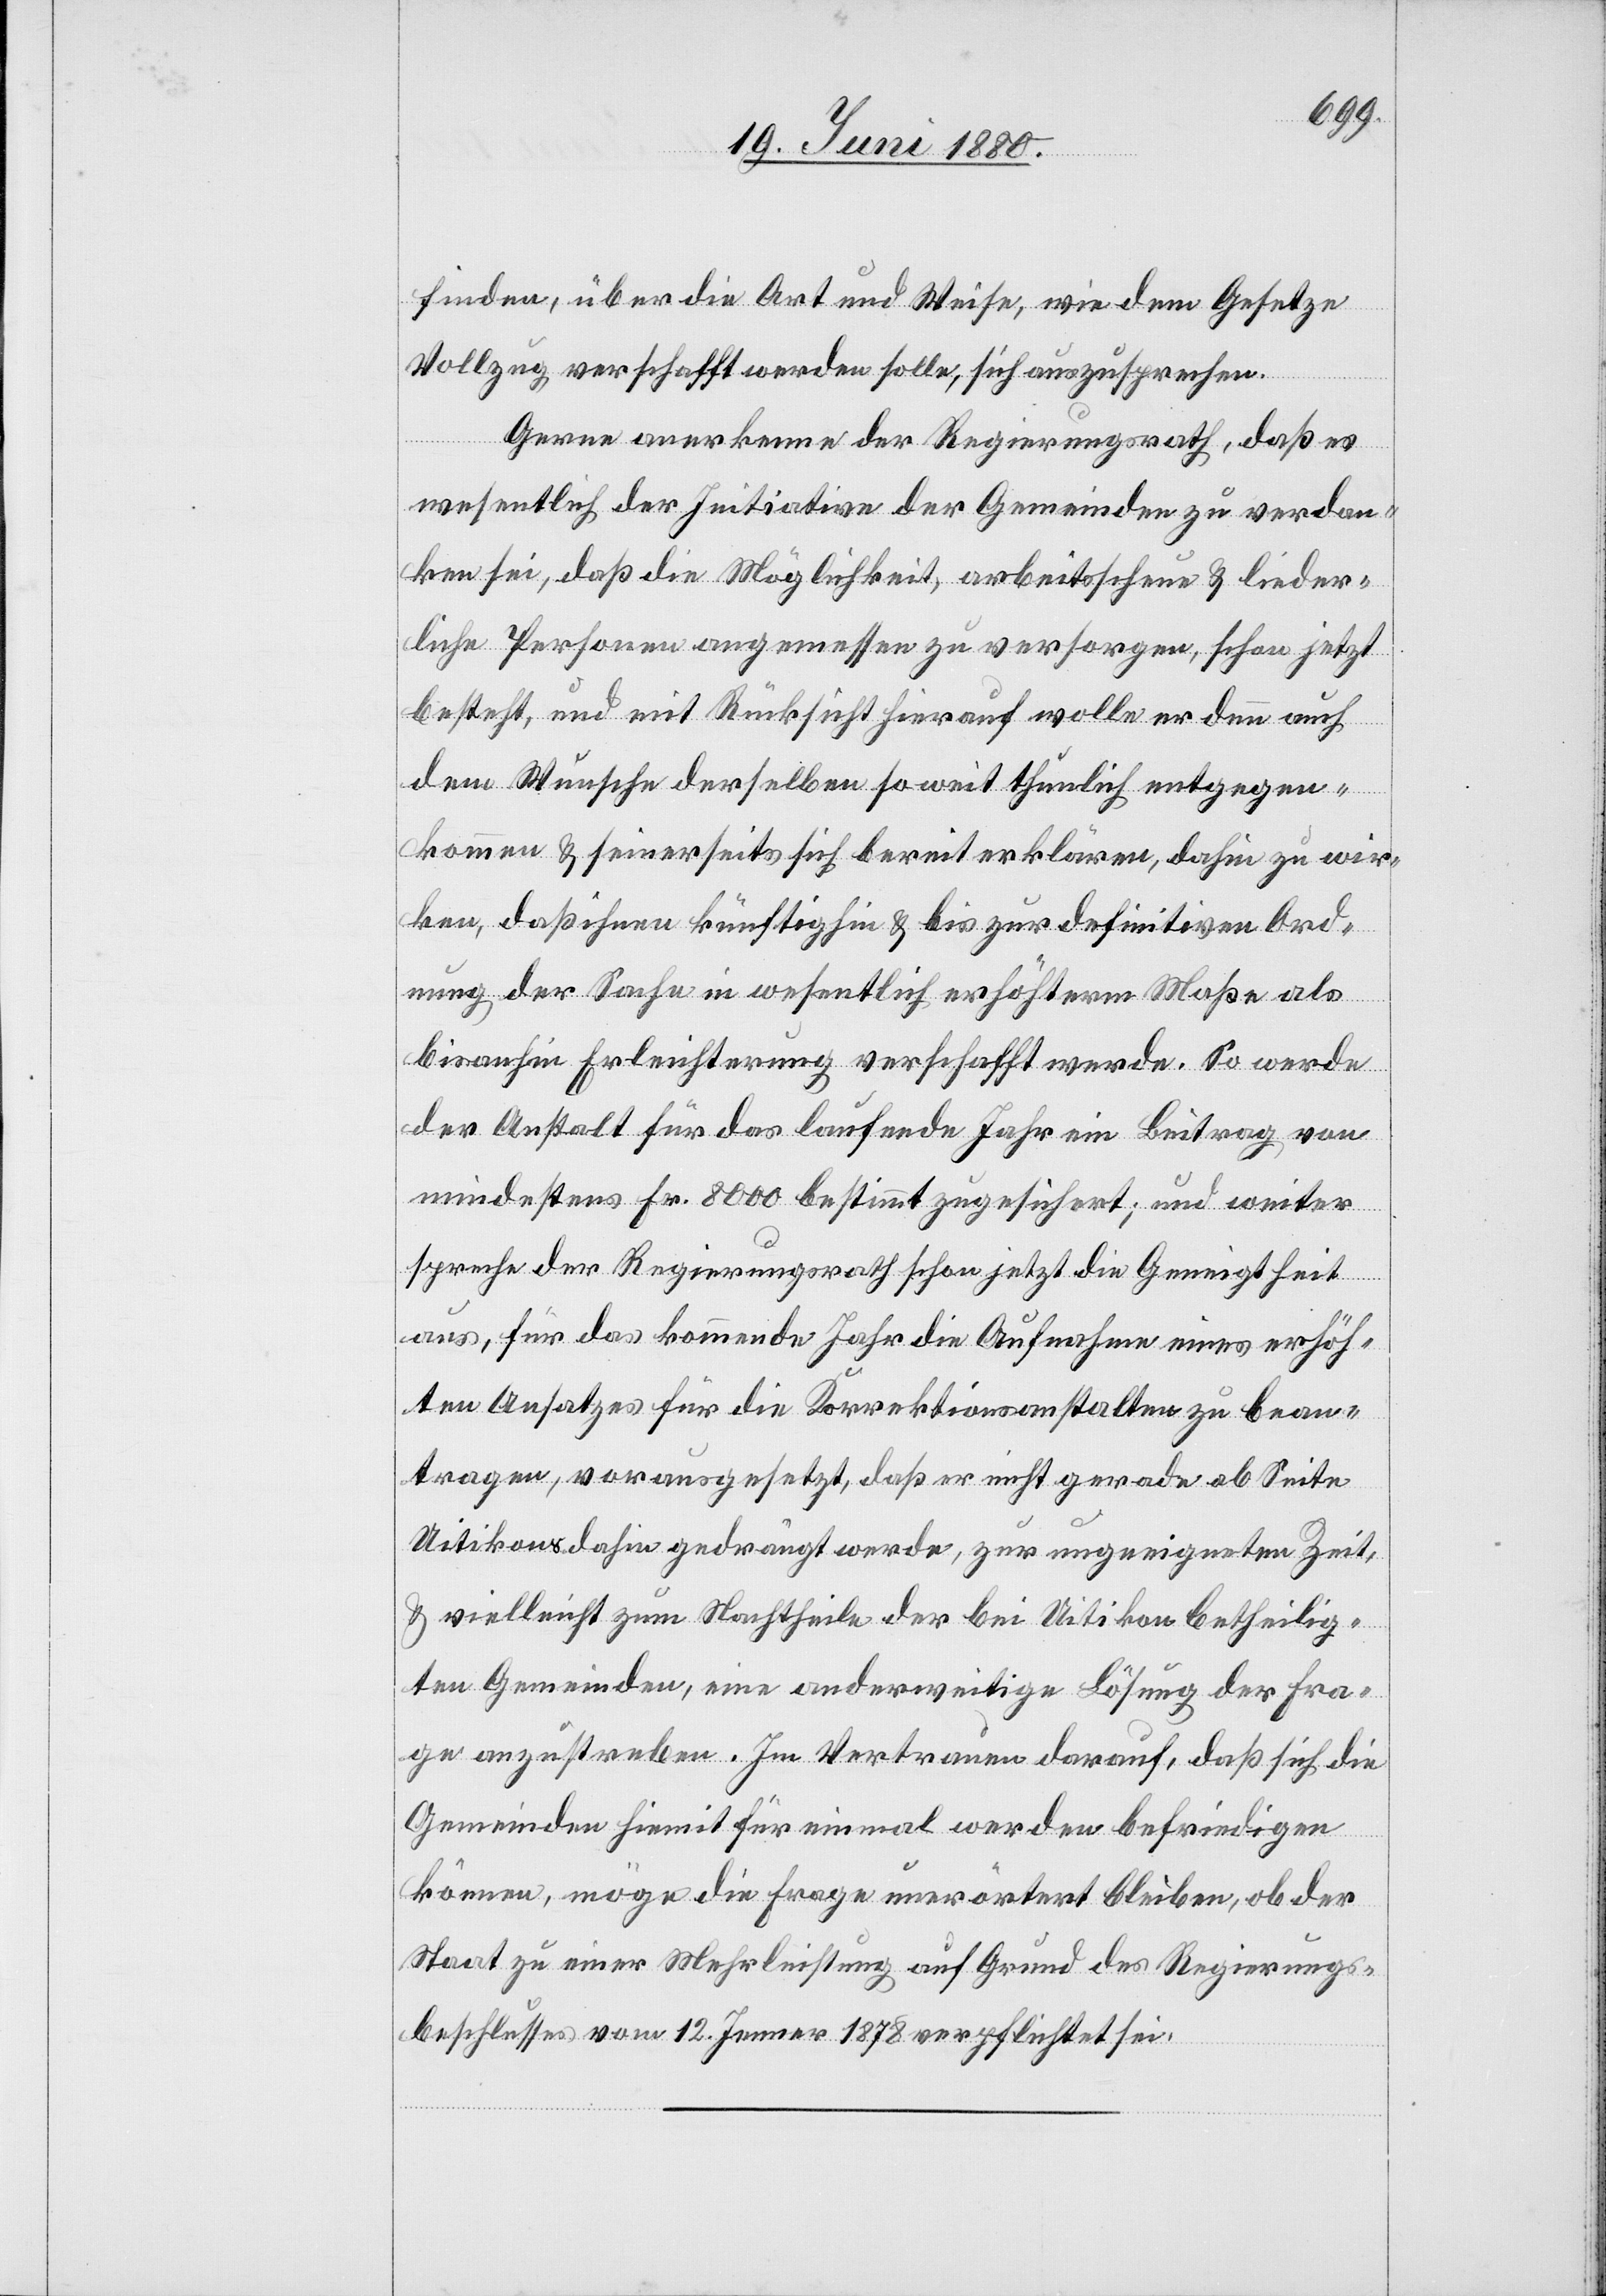
finden, über die Art und Weise, wie dem Gesetze
Vollzug verschafft werden solle, sich auszusprechen.
Gerne anerkenne der Regierungsrath, daß es
wesentlich der Initiative der Gemeinden zu verdan¬
ken sei, daß die Möglichkeit, arbeitsscheue & lieder¬
liche Personen angemessen zu versorgen, schon jetzt
besteht, und mit Rücksicht hierauf wolle er denn auch
dem Wunsche derselben so weit thunlich entgegen¬
kommen & seinerseits sich bereit erklären, dahin zu wir¬
ken, daß ihnen künftighin & bis zur definitiven Ord¬
nung der Sache in wesentlich erhöhterm Maße als
bisanhin Erleichterung verschafft werde. So werde
der Anstalt für das laufende Jahr ein Beitrag von
mindestens Fr. 8000 bestimmt zugesichert; und weiter
spreche der Regierungsrath schon jetzt die Geneigtheit
aus, für das kommende Jahr die Aufnahme eines erhöh¬
ten Ansatzes für die Korrektionsanstalten zu bean¬
tragen, vorausgesetzt, daß er nicht gerade ab Seite
Uitikons dahin gedrängt werde, zur ungeeigneten Zeit,
& vielleicht zum Nachtheile der bei Uitikon betheilig¬
ten Gemeinden, ein anderweitige Lösung der Fra¬
ge anzustreben. Im Vertrauen darauf, daß sich die
Gemeinden hiemit für einmal werden befriedigen
können, möge die Frage unerörtert bleiben, ob der
Staat zu einer Mehrleistung auf Grund des Regierungs¬
beschlusses vom 12. Jenner 1878 verpflichtet sei.